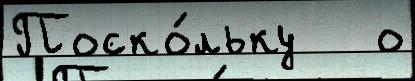
Поско́льку   о